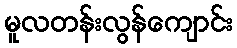
မူလတန်းလွန်ကျောင်း